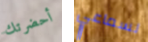
أحضرتك لسماعي